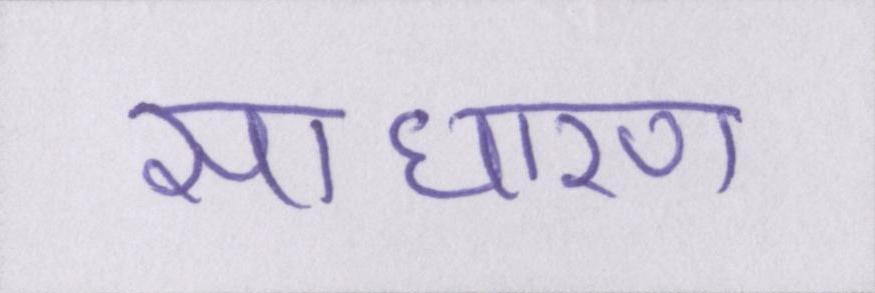
साधारण